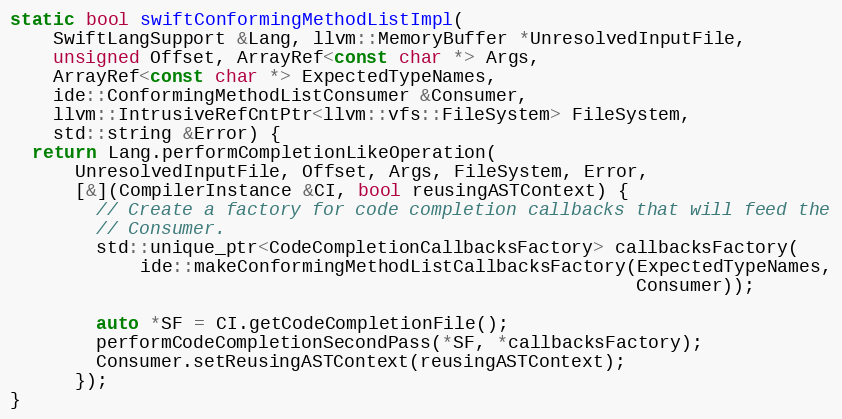
Language: C++
static bool swiftConformingMethodListImpl(
    SwiftLangSupport &Lang, llvm::MemoryBuffer *UnresolvedInputFile,
    unsigned Offset, ArrayRef<const char *> Args,
    ArrayRef<const char *> ExpectedTypeNames,
    ide::ConformingMethodListConsumer &Consumer,
    llvm::IntrusiveRefCntPtr<llvm::vfs::FileSystem> FileSystem,
    std::string &Error) {
  return Lang.performCompletionLikeOperation(
      UnresolvedInputFile, Offset, Args, FileSystem, Error,
      [&](CompilerInstance &CI, bool reusingASTContext) {
        // Create a factory for code completion callbacks that will feed the
        // Consumer.
        std::unique_ptr<CodeCompletionCallbacksFactory> callbacksFactory(
            ide::makeConformingMethodListCallbacksFactory(ExpectedTypeNames,
                                                          Consumer));

        auto *SF = CI.getCodeCompletionFile();
        performCodeCompletionSecondPass(*SF, *callbacksFactory);
        Consumer.setReusingASTContext(reusingASTContext);
      });
}